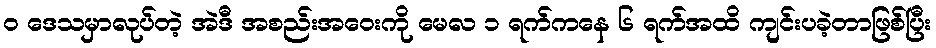
၀ ဒေသမှာလုပ်တဲ့ အဲဒီ အစည်းအဝေးကို မေလ ၁ ရက်ကနေ ၆ ရက်အထိ ကျင်းပခဲ့တာဖြစ်ပြီး